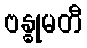
ဗန္ဓုမတီ